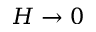
H \to 0